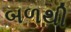
બળથી